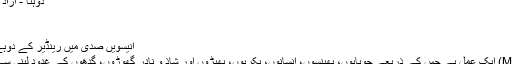
دوہنا - آزاد دائرۃ المعارف، ویکیپیڈیا
دوہنا
ہاتھ سے دوہنا
انیسویں صدی میں رینڈیر کے دوہے جانے کی ایک تصویر
دوہنا (انگریزی: Milking) ایک عمل ہے جس کے ذریعے چوپایوں، بھینسوں، انسانوں، بکریوں، بھیڑوں اور شاذ و نادر گھوڑوں، گدھوں کے غدود لبنٰی سے دودھ جمع کیا جاتا ہے۔